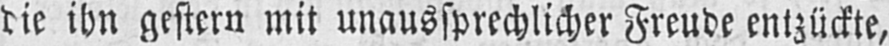
ihn gestern mit unaussprechlicher Freude entzückte,